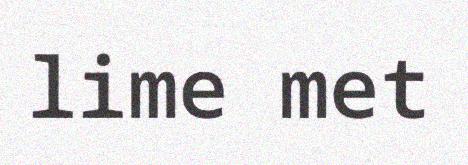
lime met